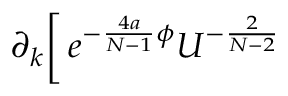
\partial _ { k } \biggl [ \, e ^ { - \frac { 4 a } { N - 1 } \phi } U ^ { - \frac { 2 } { N - 2 } }